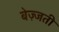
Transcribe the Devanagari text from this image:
बेज़्जती